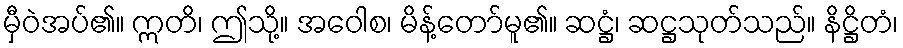
မှီဝဲအပ်၏။ ဣတိ၊ ဤသို့။ အဝေါစ၊ မိန့်တော်မူ၏။ ဆဋ္ဌံ၊ ဆဋ္ဌသုတ်သည်။ နိဋ္ဌိတံ၊